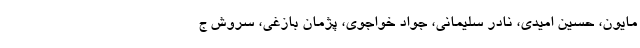
مایون، حسین امیدی، نادر سلیمانی، جواد خواجوی، پژمان بازغی، سروش ج